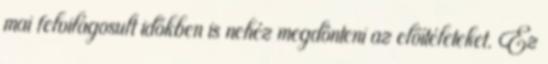
mai felvilágosult időkben is nehéz megdönteni az előítéleteket. Ez